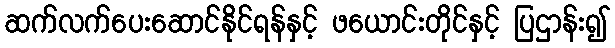
ဆက်လက်ပေးဆောင်နိုင်ရန်နှင့် ဖယောင်းတိုင်နှင့် ပြဌာန်း၍